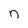
Character: n